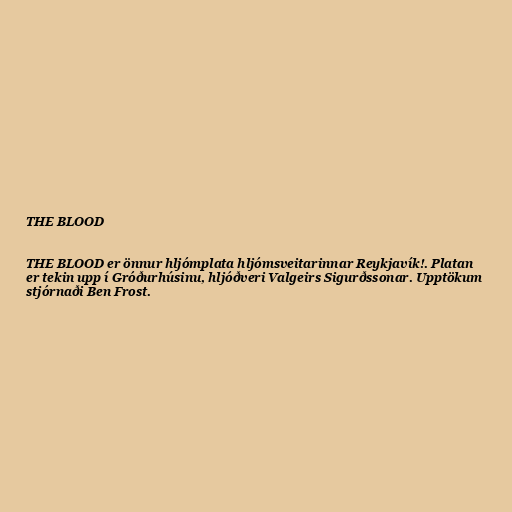
THE BLOOD

THE BLOOD er önnur hljómplata hljómsveitarinnar Reykjavík!. Platan
er tekin upp í Gróðurhúsinu, hljóðveri Valgeirs Sigurðssonar. Upptökum
stjórnaði Ben Frost.